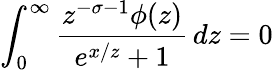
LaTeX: \int_{0}^{\infty}{\frac{z^{-\sigma-1}\phi(z)}{{e^{x/z}}+1}}\, dz=0